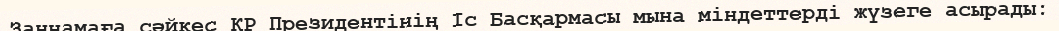
Заңнамаға сәйкес ҚР Президентінің Іс Басқармасы мына міндеттерді жүзеге асырады: